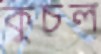
কুচল